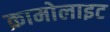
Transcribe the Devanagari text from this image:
क्रामोलाइट